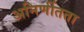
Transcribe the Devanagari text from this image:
अनिर्णीतता